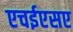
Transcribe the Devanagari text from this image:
एचईएसए